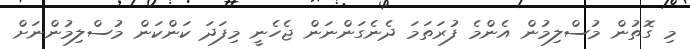
މި ގޮތުން މުސްލިމުން އެންމެ ފުރަތަމަ ދެނެގަންނަން ޖެހެނީ މިފަދަ ކަންކަން މުސްލިމުންނަށް